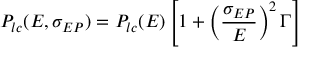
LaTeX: P _ { l c } ( E , \sigma _ { E P } ) = P _ { l c } ( E ) \left[ 1 + \left( \frac { \sigma _ { E P } } { E } \right) ^ { 2 } \Gamma \right] \,